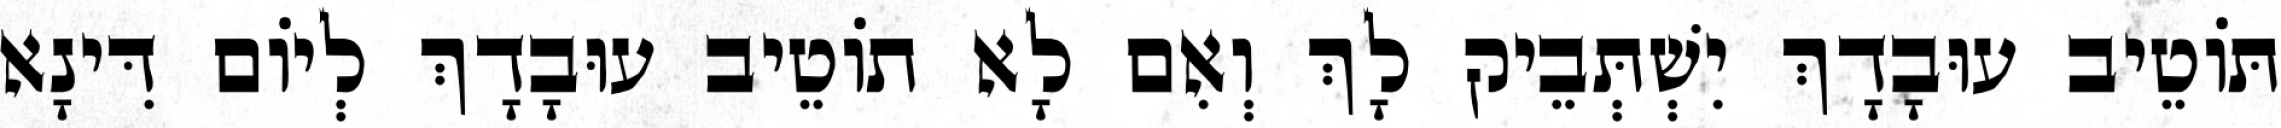
תּוֹטֵיב עוּבָדָךְ יִשְׁתְּבֵיק לָךְ וְאִם לָא תוֹטֵיב עוּבָדָךְ לְיוֹם דִּינָא